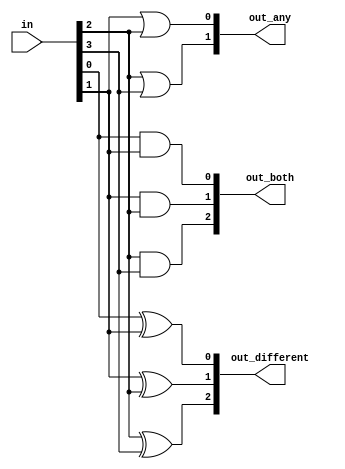
module top_module(
    input [3:0] in,
    output [2:0] out_both,
    output [3:1] out_any,
    output [3:0] out_different );

    always @(in) begin
        out_both[0] <= in[0] & in[1];
        out_both[1] <= in[1] & in[2];
        out_both[2] <= in[2] & in[3];
        out_any[0] <= in[0] | in[1];
        out_any[1] <= in[1] | in[2];
        out_any[2] <= in[2] | in[3];
        out_different[0] <= in[0] ^ in[1];
        out_different[1] <= in[1] ^ in[2];
        out_different[2] <= in[2] ^ in[3];
    end

endmodule